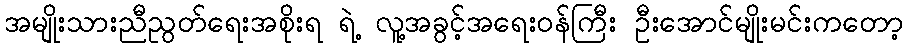
အမျိုးသားညီညွတ်ရေးအစိုးရ ရဲ့ လူ့အခွင့်အရေးဝန်ကြီး ဦးအောင်မျိုးမင်းကတော့